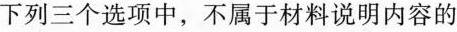
下列三个选项中，不属于材料说明内容的